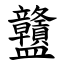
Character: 䀍